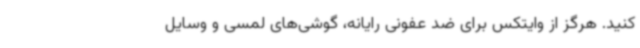
کنید. هرگز از وایتکس برای ضد عفونی رایانه، گوشی‌های لمسی و وسایل